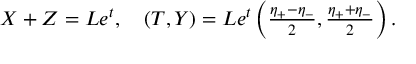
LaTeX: \begin{array} { l } { { X + Z = L e ^ { t } , \quad ( T , Y ) = L e ^ { t } \left( \frac { \eta _ { + } - \eta _ { - } } { 2 } , \frac { \eta _ { + } + \eta _ { - } } { 2 } \right) . } } \end{array}